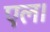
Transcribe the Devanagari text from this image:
एल।